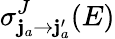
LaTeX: \sigma_{\mathbf{j}_{a}\rightarrow\mathbf{j}_{a}^{\prime}}^{J}(E)